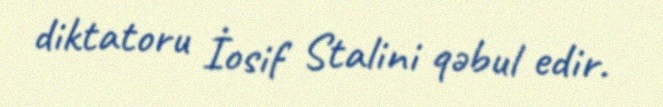
diktatoru İosif Stalini qəbul edir.